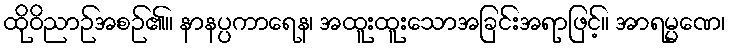
ထိုဝိညာဉ်အစဉ်၏။ နာနပ္ပကာရေန၊ အထူးထူးသောအခြင်းအရာဖြင့်။ အာရမ္မဏေ၊